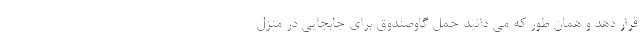
قرار دهد و همان طور که می­ دانید حمل گاوصندوق برای جابجایی در منزل